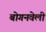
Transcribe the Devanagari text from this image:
बोगनवेली